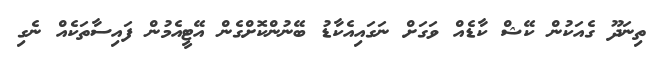
ތިނަދޫ ގެއަކުން ކޭޝް ކާޑެއް ވަގަށް ނަގައިއެކާޑު ބޭނުންކޮށްގެން އޭޓީއެމުން ފައިސާތަކެއް ނެގި